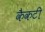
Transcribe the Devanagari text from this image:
कैकटी